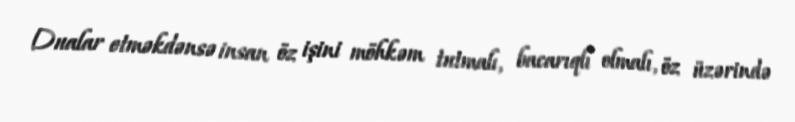
Dualar etməkdənsə insan öz işini möhkəm tutmalı, bacarıqlı olmalı, öz üzərində